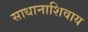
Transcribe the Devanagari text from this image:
साधानाशिवाय